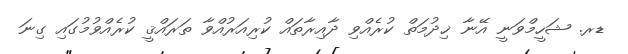
ޑރ. ޝަހީމްވަނީ އޭނާ ޚިދުމަތް ކުރެއްވި ދާއިރާތައް ކުރިއަރުއްވާ ތަރައްޤީ ކުރެއްވުމުގައި ގިނަ